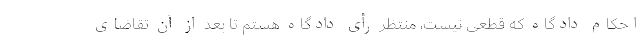
احکام دادگاه که قطعی نیست، منتظر رأی دادگاه هستم تا بعد از آن تقاضای